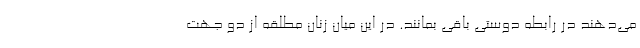
می‌دهند در رابطه دوستی باقی بمانند. در این میان زنان مطلقه از دو جهت